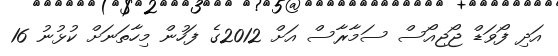
އަދި ފޯވަޑް ޖޯޖިއޯސް ސަމާރާސް އަށް 2012ގެ ފަހުން މިހާތަނަށް ކުޅުނު 16